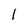
Character: l